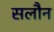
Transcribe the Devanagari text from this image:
सलौन